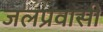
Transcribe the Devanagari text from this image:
जलप्रवासी